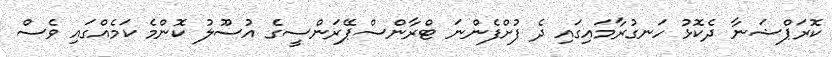
ކޮރަޕްޝަނާ ދެކޮޅު ހަނގުރާމައިގައި ދެ ފުށްފެންނަ ޓްރާންސްޕޭރަންސީގެ އުސޫލު ކޮންމެ ކަމެއްގައި ވެސް